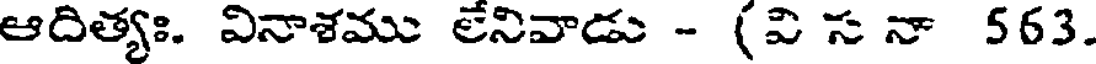
ఆదిత్యః. వినాశము లేనివాడు - (వి స నా 563.